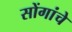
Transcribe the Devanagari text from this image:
सोंगांचे